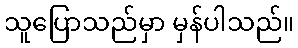
သူပြောသည်မှာ မှန်ပါသည်။